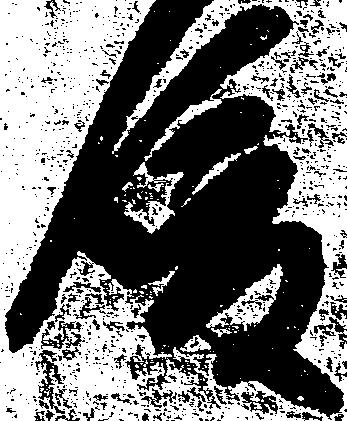
後